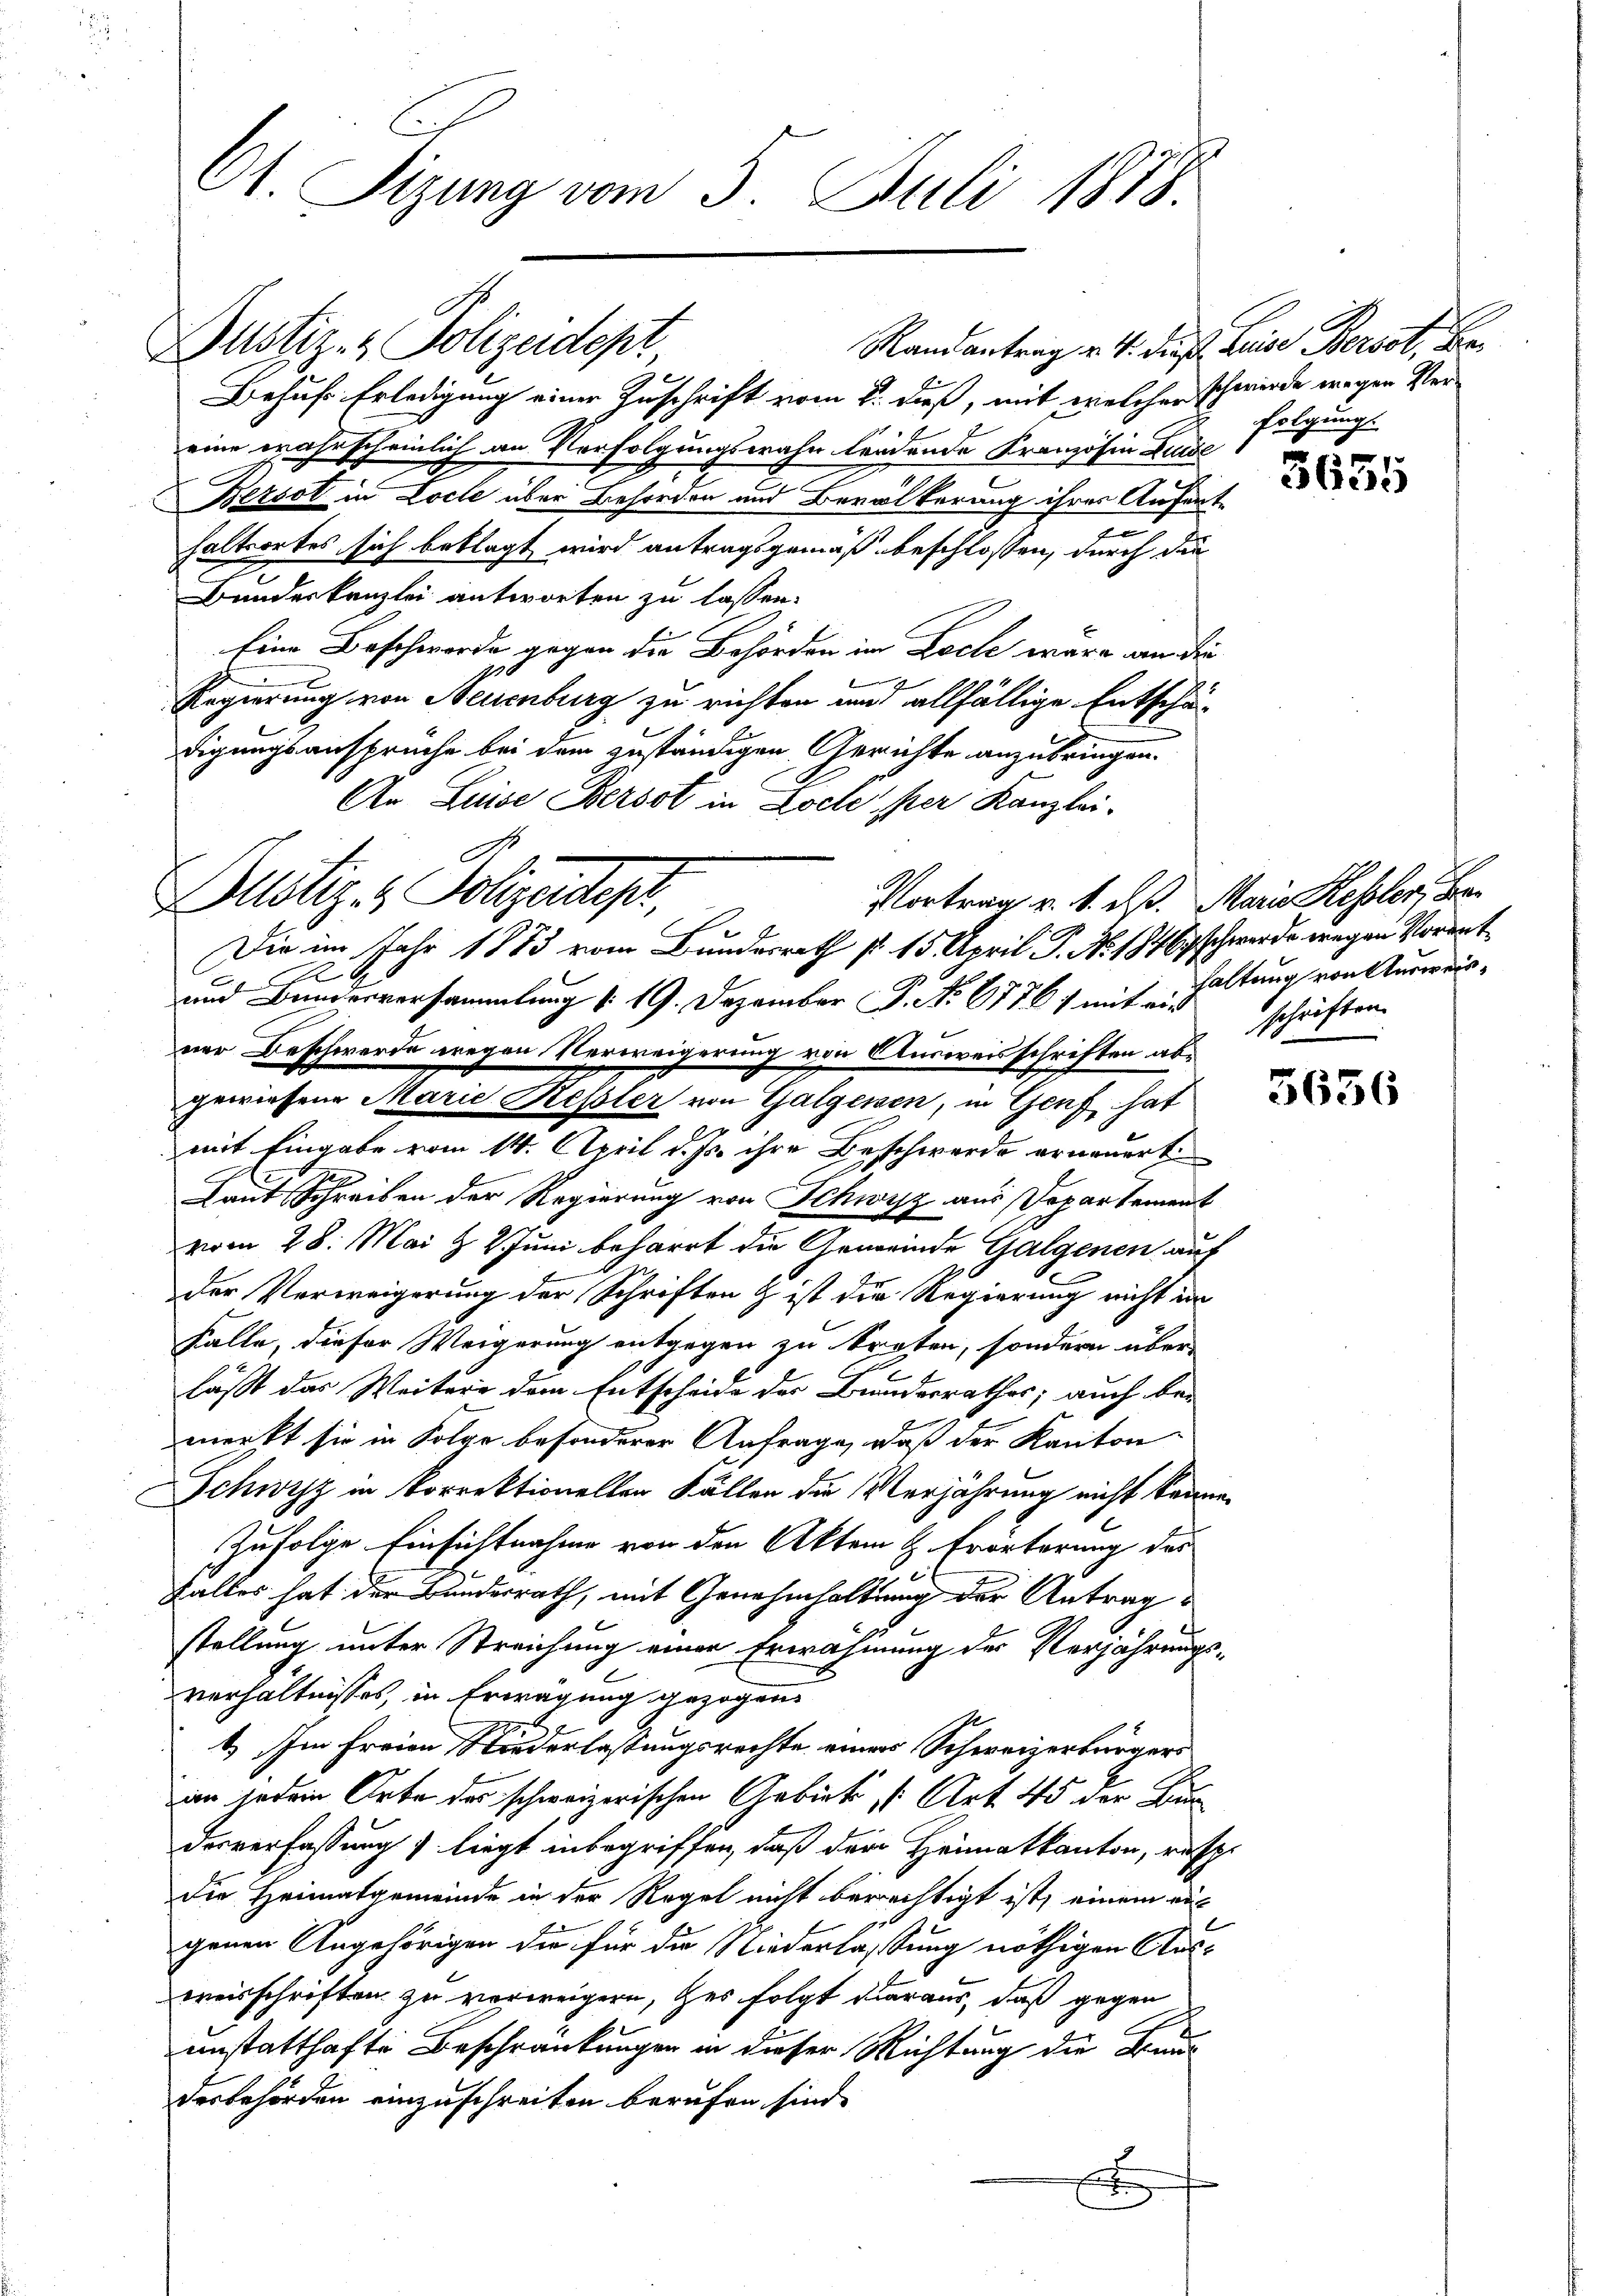
St. Sizung vom 3. Juli 1878.

Behufs Erledigung einer Zuschrift vom 8. dieß, mit welcher schwerde wegen Vereine wahrscheinlich an Verfolgungswahn leidende Kranzösin Luede
Bersol in Loche über Behörden und Bevölkerung ihrer Aufent¬
u
haltsortes sich beklagt wird antragsgemäß beschlossen, durch die
Bundeskanzlei antworten zu lassen.
Eine Beschwerde gegen die Behörden im Loche wäre an die
Regierung von Neuenburg zu richten und allfällige Entschädigungsansprüche bei dem zuständigen Gerichte anzubringen.
An Luise Berbot in Loch per Kanzlei-
A
Dustiz- & Polizeidtepr

Justiz- & Polizeidept

und Bunderversammlung d. 19. Dezember P. No 67761 mit ein
ner Beschwerde wegen Verweigerung von Ausweisschriften abgewiesene Marie Kessler von Galgessen, in Genf hat
mit Eingabe vom 14. April d. Js. ihre Beschwerde erneuert.
d
Laut Schreiben der Regierung von Schwyz aus Departement
vom 28. Mai & 2. Juni beharrt die Gemeinde Galgenen auf
der Verweigerung der Schriften & ist die Regierung nicht im
Kalle, dieser Weigerung entgegen zu treten, sondern über
läßt das Weitere dem Entscheide der Bundesrathes; auch bei
merkt sie in Folge besonderer Anfrage, daß der Kanton
Schwyz in korrektioneller Fällen die Verjährung nicht könne.
zufolge Einsichtnahme von den Aktem H. Erörterung des
Falles hat der Bundesrath, mit Genehmhaltung der Antrag
stellung unter Streichung einer Erwähnung der Verjährungs-
verhältnisses, in Erwägung gezogen
1) Im freien Niederlastungsrechte einer Schweizerbürgers
an jedem Orte der schweizerischen Arbiete Art. 45 der Bun
desverfassung liegt inbegriffen, daß der Heimatkanton, resp.
die Heimatgemeinde in der Regel nicht berechtigt ist, einem auc
genen Angehörigen die für die Niederlassung nöthigen Ausweisschriften zu verweigern, des folgt daraus, daß gegen
unstatthafte Beschränkungen in dieser Richtung die Bun
desbehörden einzuschreiten berufen sind.
E

Die im Jahr 1883 vom Bundesrath d. 15. April. P. No. 1846 schwerde wegen Vorant¬
1

Randantrag v. 4. dieß Luise Bersst, Befolgung.

Vortrag v. 1. d. d. Maria Kessler,

5655

haltung von Ausweisschriften.

5636